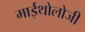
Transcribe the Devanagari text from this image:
माईथोलोजी